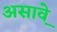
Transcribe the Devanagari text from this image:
असाव़े